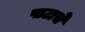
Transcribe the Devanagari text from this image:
पाटाचे